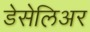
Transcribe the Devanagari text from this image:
डेसेलिअर